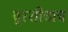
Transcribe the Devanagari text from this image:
बुरशीचाच